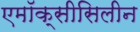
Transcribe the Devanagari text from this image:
एमॉक्सीसिलीन